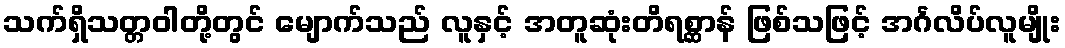
သက်ရှိသတ္တဝါတို့တွင် မျောက်သည် လူနှင့် အတူဆုံးတိရစ္ဆာန် ဖြစ်သဖြင့် အင်္ဂလိပ်လူမျိုး